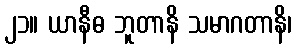
၂၁။ ယာနီဓ ဘူတာနိ သမာဂတာနိ၊